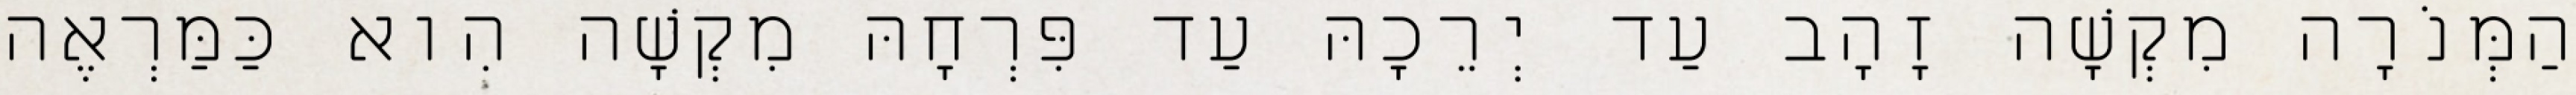
הַמְּנֹרָה מִקְשָׁה זָהָב עַד יְרֵכָהּ עַד פִּרְחָהּ מִקְשָׁה הִוא כַּמַּרְאֶה